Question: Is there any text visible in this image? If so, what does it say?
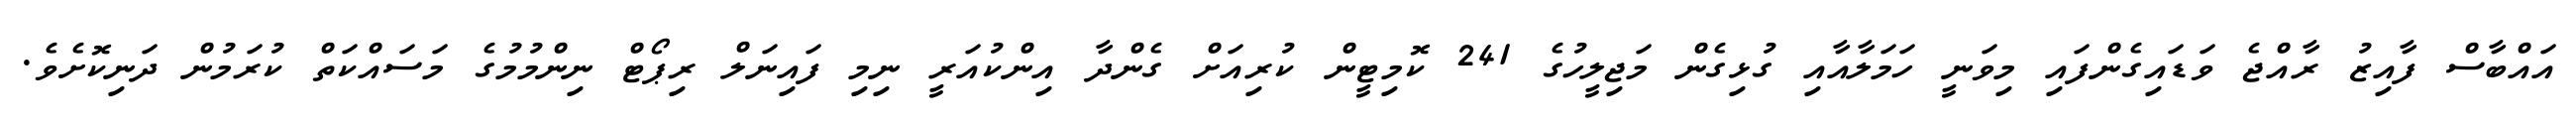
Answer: އައްބާސް ފާއިޒު ރާއްޖެ ވަޑައިގެންފައި މިވަނީ ހަމަލާއާއި ގުޅިގެން މަޖިލީހުގެ 241 ކޮމިޓީން ކުރިއަށް ގެންދާ އިންކުއަރީ ނިމި ފައިނަލް ރިޕޯޓް ނިންމުމުގެ މަސައްކަތް ކުރަމުން ދަނިކޮށެވެ.